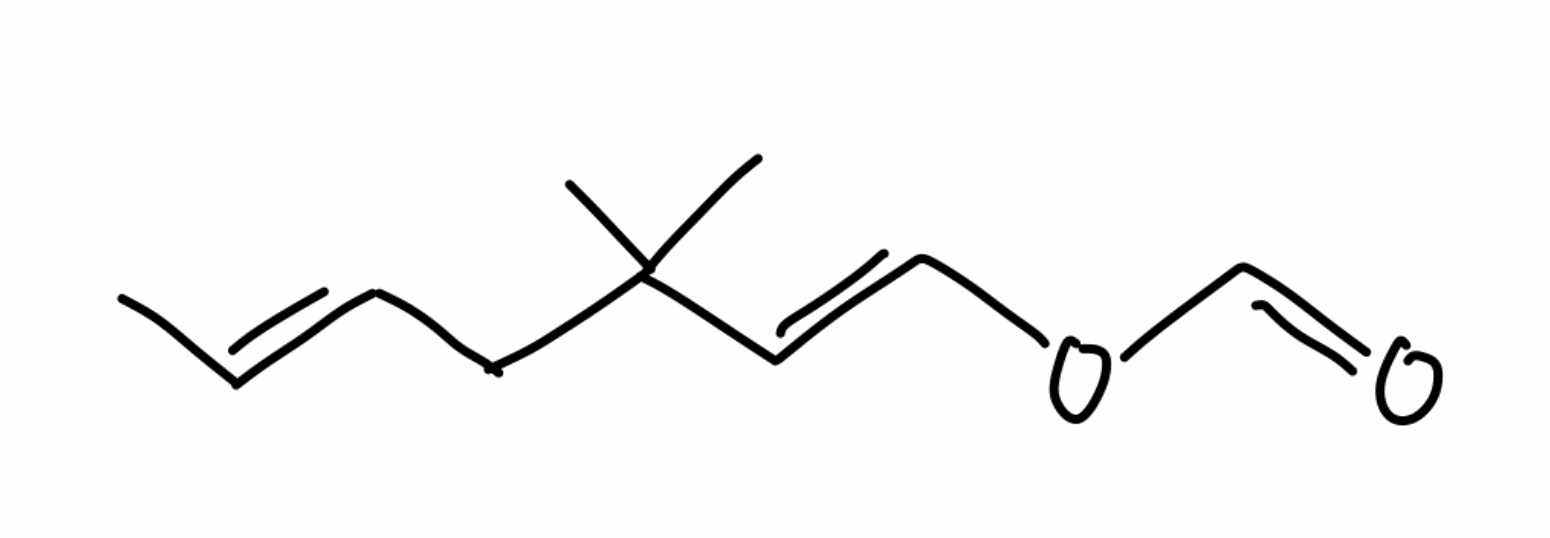
Simplified molecular-input line-entry system (SMILES) notation of the given molecule:
C/C=C/CC(C)(C)/C=C/OC=O